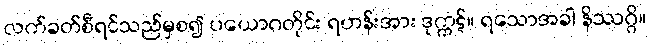
လက်ခတ်စီရင်သည်မှစ၍ ပယောဂတိုင်း ရဟန်းအား ဒုက္ကဋ်။ ရသောအခါ နိဿဂ္ဂိ။